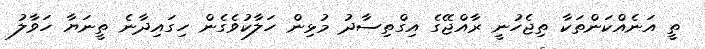
ތީ އަނެއްކަންތަކާ ތިޖެހުނީ ރާއްޖޭގެ އިގްތިސާދު މުޅިން ހަލާކުވެގެން ހިގައިދާނެ ތީނަޔާ ހަވާލު